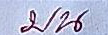
บน